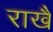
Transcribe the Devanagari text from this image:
राखै